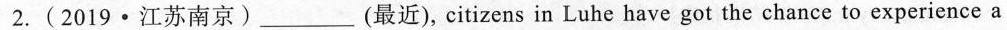
2.(2019·江苏南京)__(最近),citizens in Luhe have got the chance to experience a